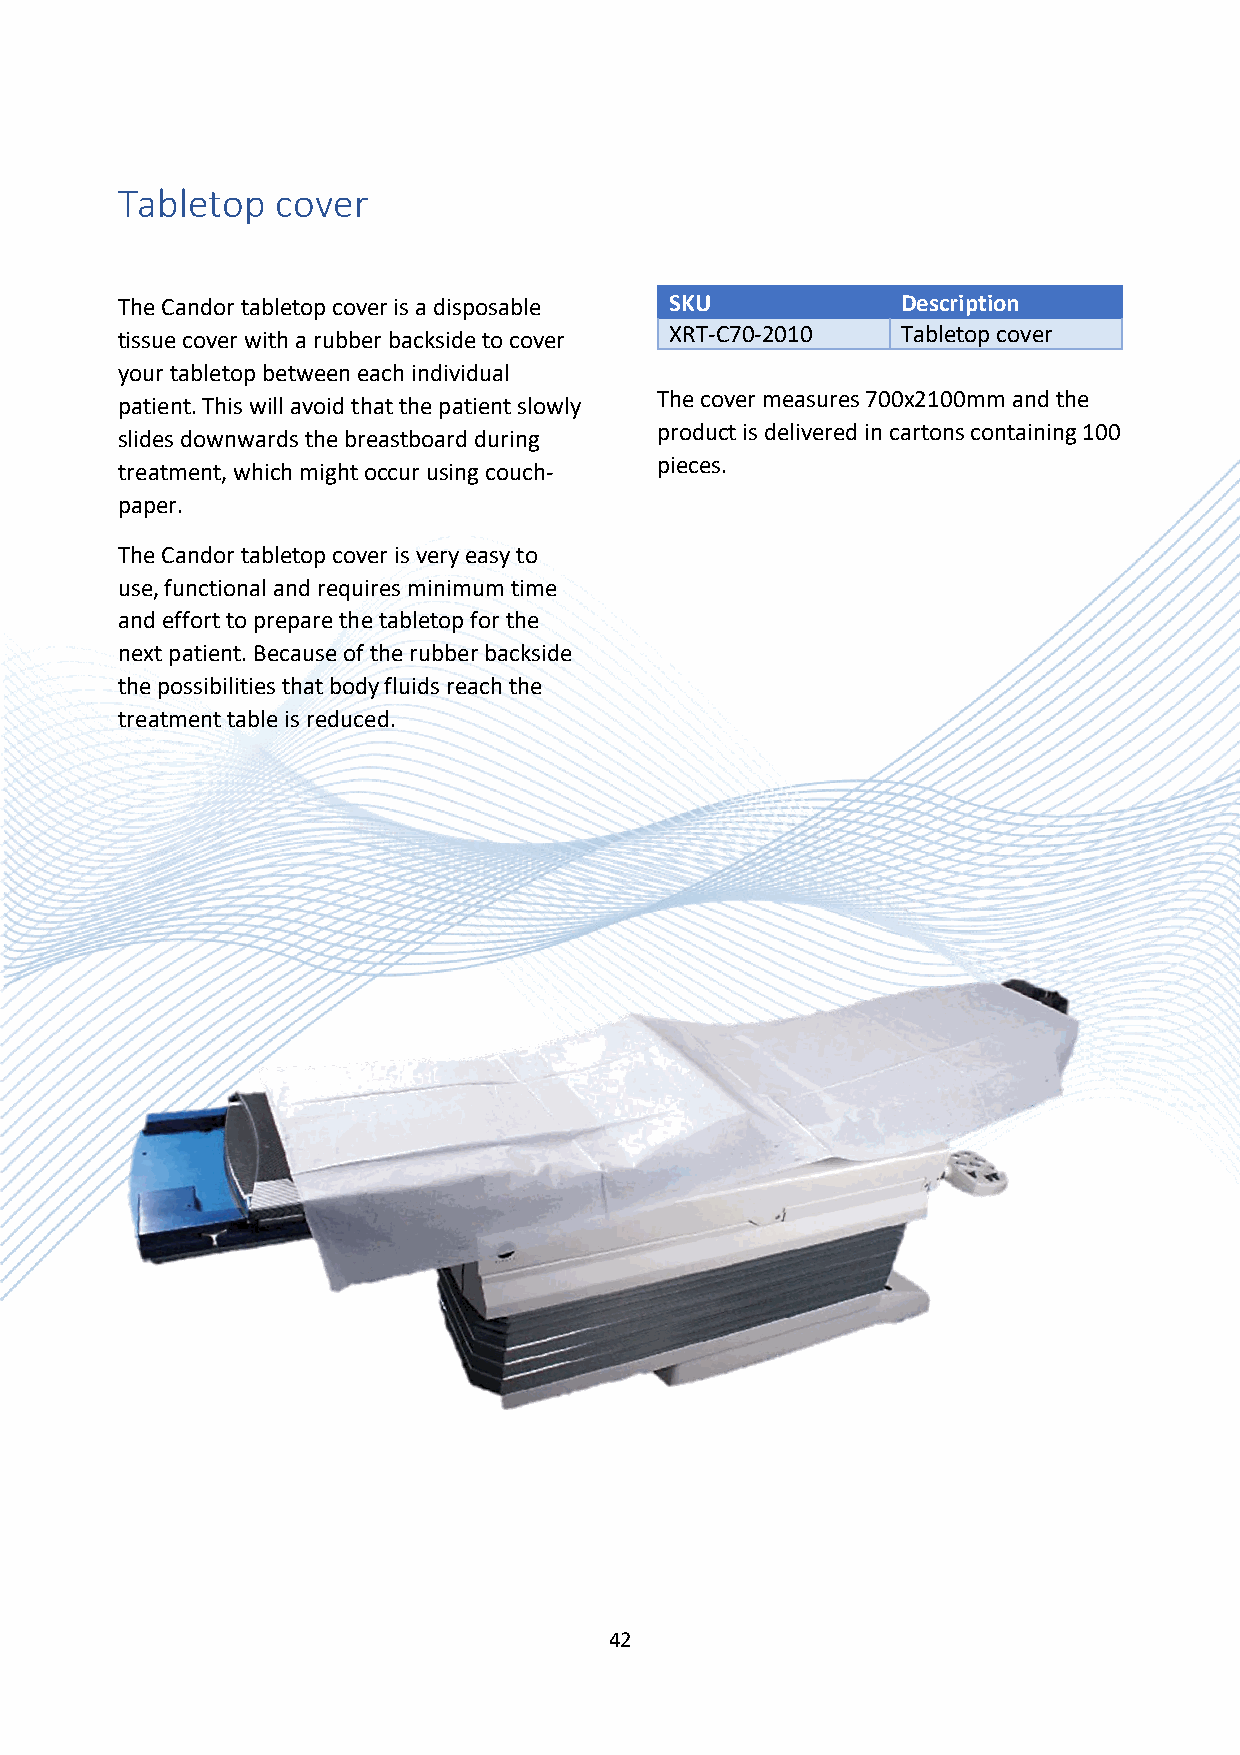
Tabletop  cover
 The Candor tabletop cover is a disposable SKU       Description
 tissue cover with a rubber backside to cover XRT-C70-2010 Tabletop cover
 your tabletop between each individual
 The cover measures 700x2100mm and the
 patient. This will avoid that the patient slowly
 product is delivered in cartons containing 100
 slides downwards the breastboard during
 pieces.
 treatment, which might occur using couch-
 paper.
 The Candor tabletop cover is very easy to
 use, functional and requires minimum time
 and effort to prepare the tabletop for the
 next patient. Because of the rubber backside
 the possibilities that body fluids reach the
 treatment table is reduced.
 42